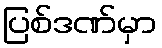
ပြစ်ဒဏ်မှာ